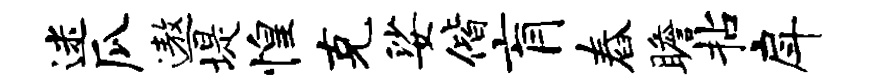
迷瓜遨堤惶克娑偕肓舂瞻拈戽